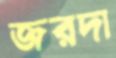
জরদা